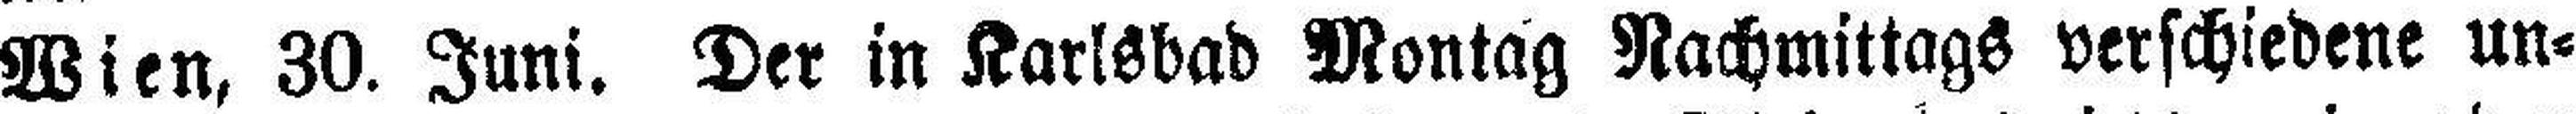
Wien, 30. Juni. Der in Karlsbad Montag Nachmittags verschiedene un¬